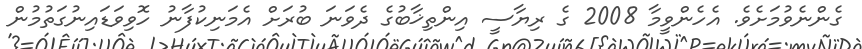
ގެންނެވުމަށެވެ. އެހެންވީމާ 2008 ގެ ރިޔާސީ އިންތިޚާބުގެ ދެވަނަ ބުރަށް އެމަނިކުފާނު ހޮވިވަޑައިނުގަތުމުން